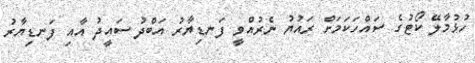
ހުޅުމާލޭ ކޯޓުގެ ސައްހަކަމަށް ރައުޔު ނެރުއްވީ ފަނޑިޔާރު އަބްދު ސައީދު އާއި ފަނޑިޔާރު